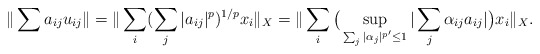
\begin{align*}\|\sum a_{ij} u_{ij}\| = \|\sum_i (\sum_j |a_{ij}|^p)^{1/p} x_i\|_X =\|\sum_i \big( \sup_{\sum_j |\alpha_j|^{p^\prime} \leq 1} |\sum_j \alpha_{ij} a_{ij}| \big) x_i\|_X .\end{align*}